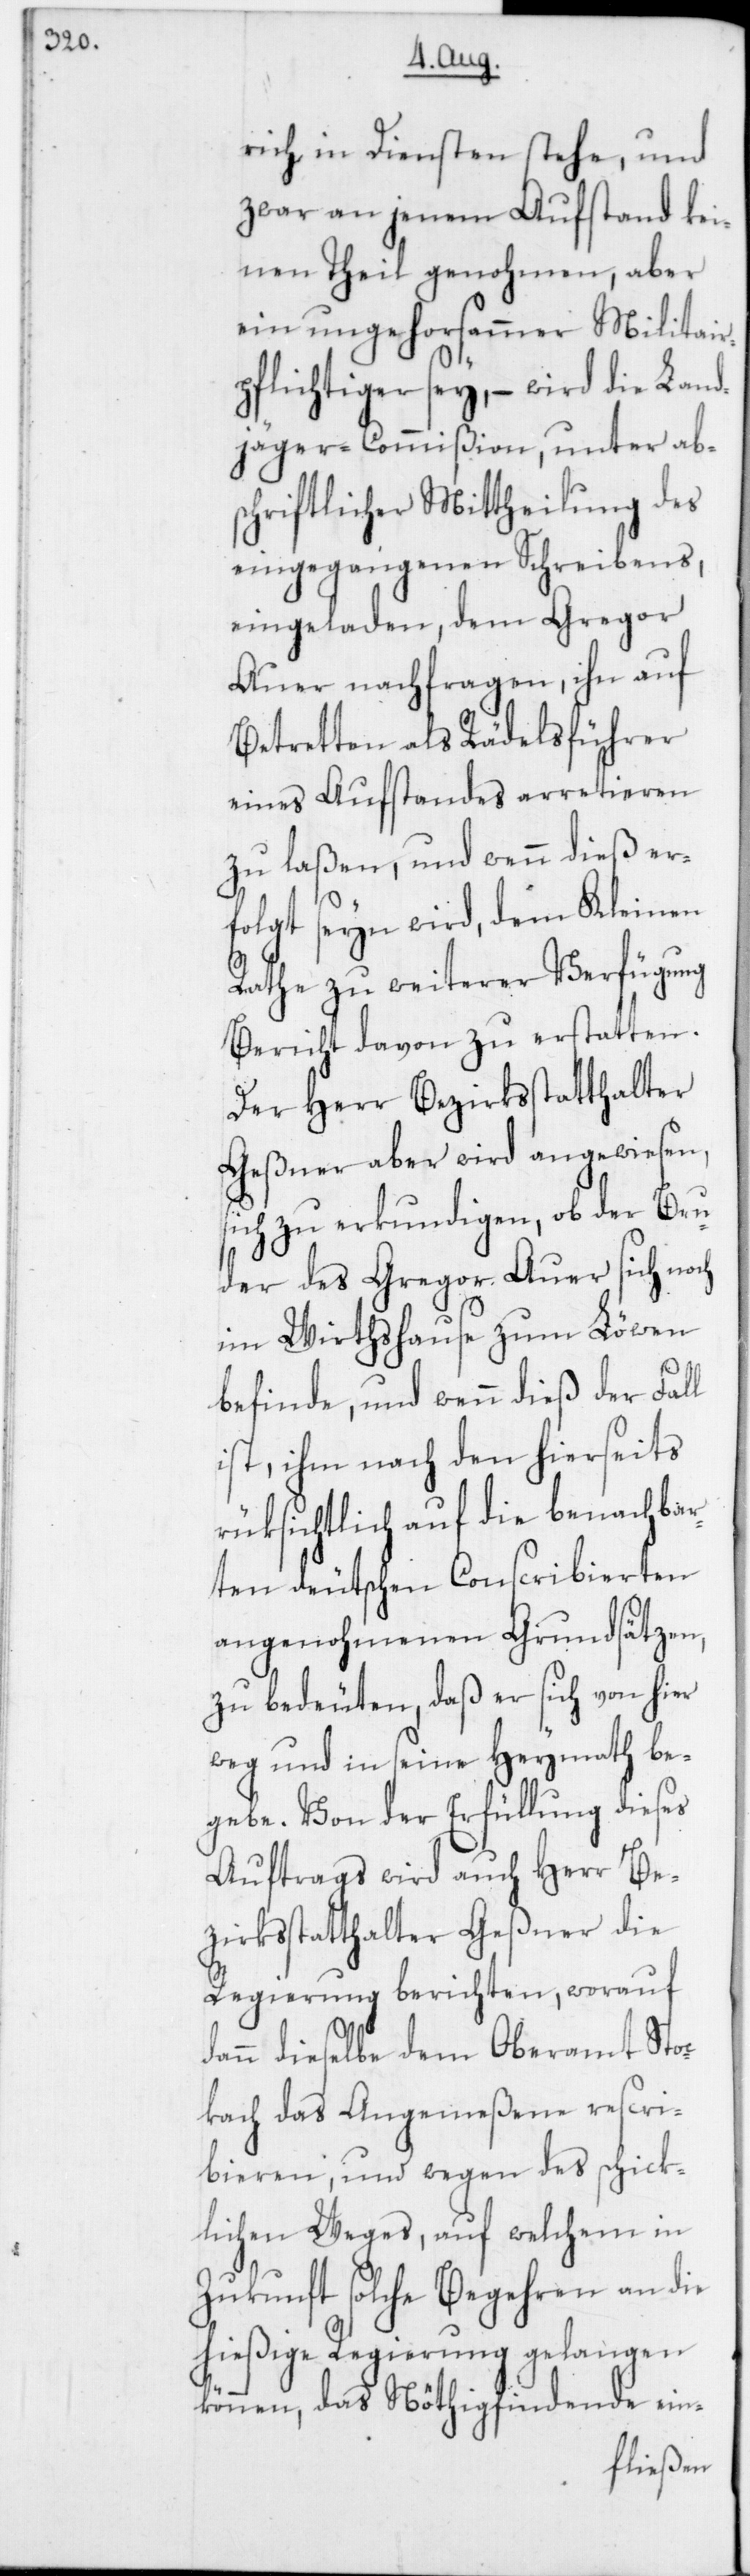
rich in Diensten stehe, und
zwar an jenem Aufstand kei¬
nen Theil genohmen, aber
ein ungehorsammer Militar¬
pflichtiger sey, – wird die Land¬
jäger-Commißion, unter ab¬
schriftlicher Mittheilung des
eingegangenen Schreibens
eingeladen, dem Gregor
Auer nachfragen, ihn auf
Betretten als Rädelsführer
eines Aufstandes arretieren
zu laßen, und wenn dieß er¬
folgt seyn wird, dem Kleinen
Rath zu weiterer Verfügung
Bericht davon zu erstatten.
Der Herr Bezirksstatthalter
wiesen,
Geßner aber wird an¬
ierse¬
sich zu erkundigen,
uder des Gregor Auer sich noch
im Wirthshause zum
befinde, und wenn dieß
its
ist, ihm nach den h¬
rüksichtlich auf die benachbar¬
ten deutschen Conscribierten
angenohmenen Grundsätzen,
zu bedeuten, daß er sich von hier
weg und in seine Heymath be¬
gebe. Von der Erfüllung dieses
Auftrags wird auch Herr Be¬
zirksstatthalter Geßner die
Regierung berichten, worauf
dann dieselbe dem Oberamt Stoc¬
kach das Angemeßene rescri¬
bieren; und wegen des schick¬
lichen Weges, auf welchem in
Zukunft solche Begehren an die
hießige Regierung gelangen
können, das Nöthigfindende ein-